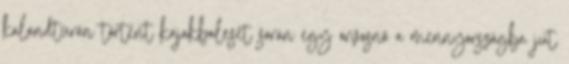
kalandtúrán történt kajakbaleset során egy orvosnő a mennyországba jut